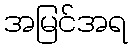
အမြင်အရ